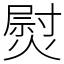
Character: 熨